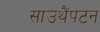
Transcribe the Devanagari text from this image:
साउथैंपटन